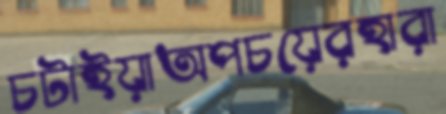
চটাইয়াঅপচয়েরহারা